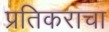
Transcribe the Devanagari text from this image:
प्रतिकराचा